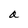
Character: a